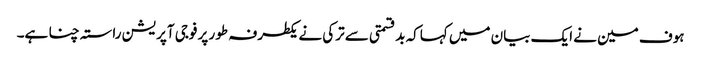
ہوف مین نے ایک بیان میں کہاکہ بدقسمتی سے ترکی نے یکطرفہ طور پر فوجی آپریشن راستہ چنا ہے۔